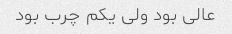
عالی بود ولی یکم چرب بود